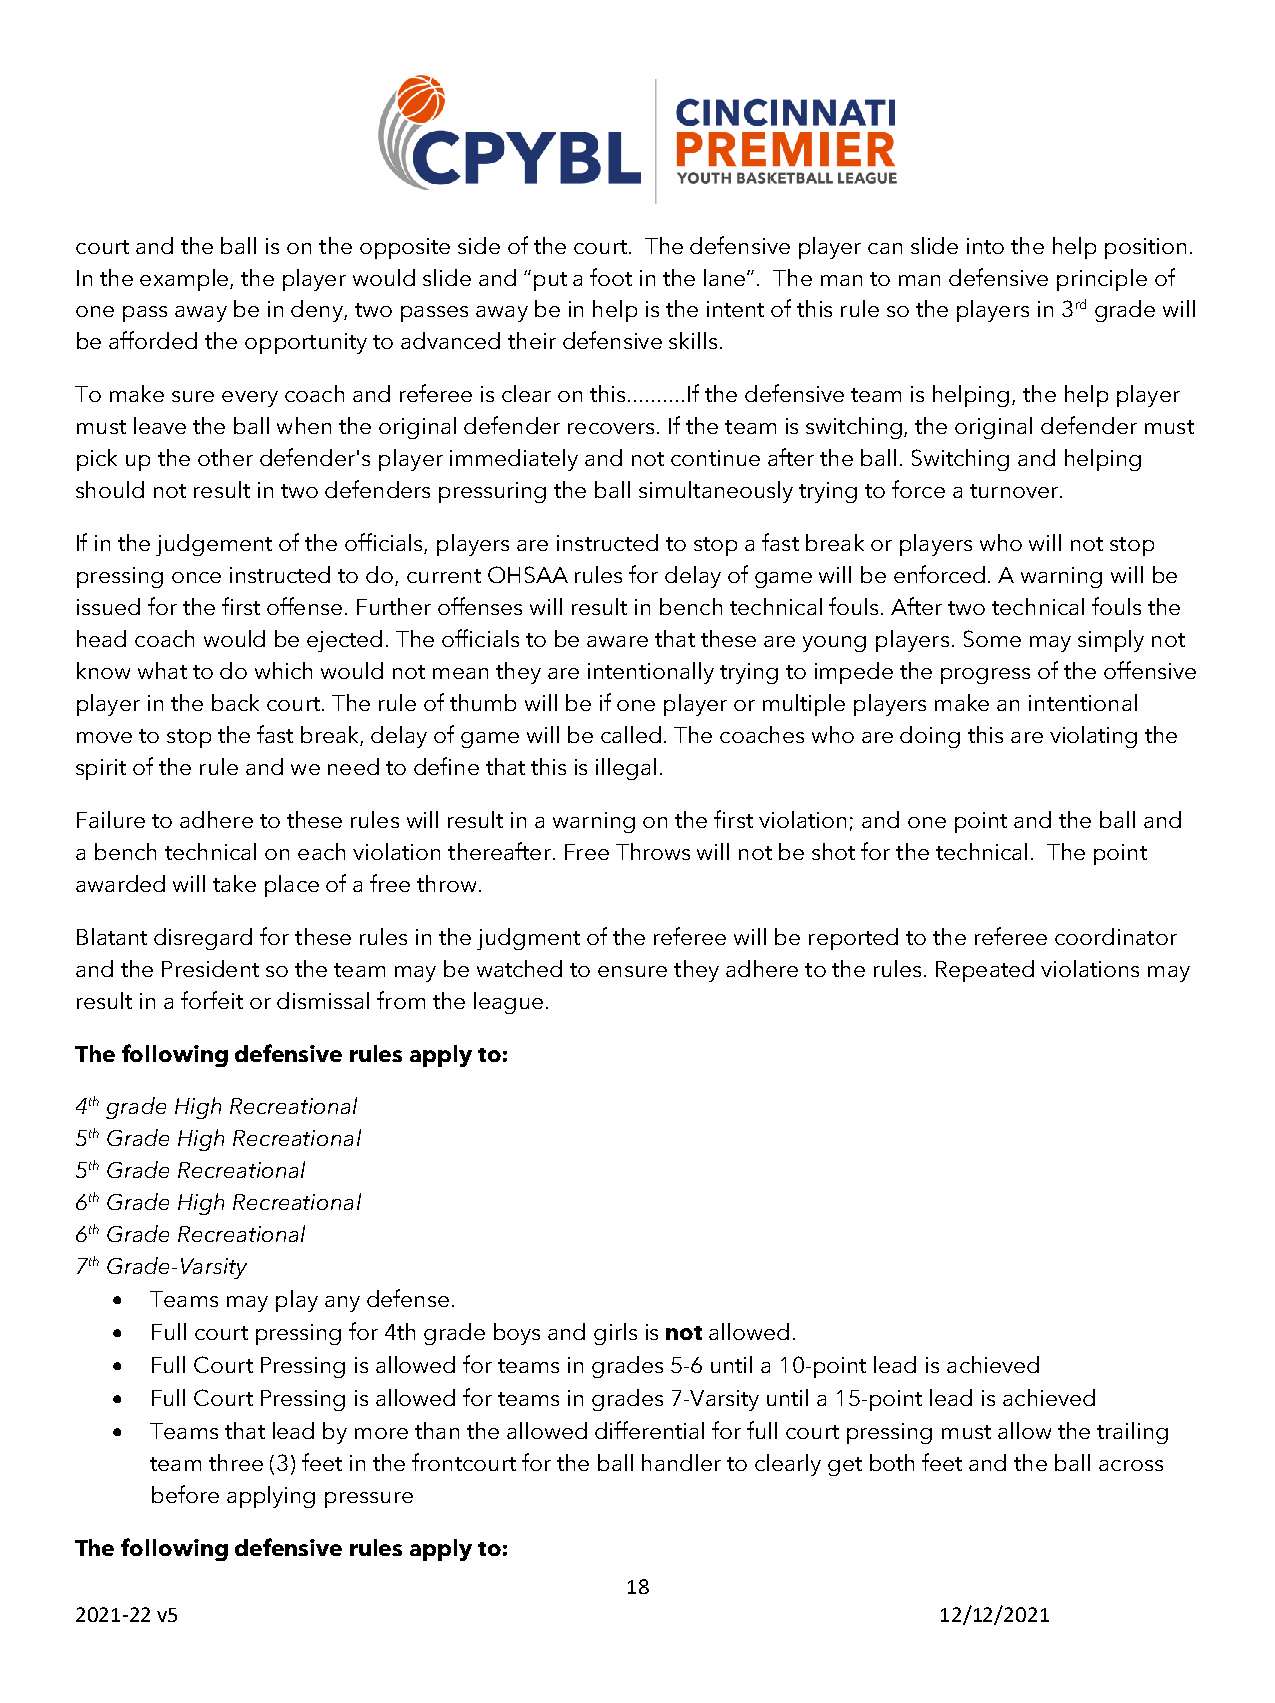
court and the ball is on the opposite side of the court. The defensive player can slide into the help position.
 In the example, the player would slide and “put a foot in the lane”. The man to man defensive principle of
 one pass away be in deny, two passes away be in help is the intent of this rule so the players in 3rd grade will
 be afforded the opportunity to advanced their defensive skills.
 To make sure every coach and referee is clear on this..........If the defensive team is helping, the help player
 must leave the ball when the original defender recovers. If the team is switching, the original defender must
 pick up the other defender's player immediately and not continue after the ball. Switching and helping
 should not result in two defenders pressuring the ball simultaneously trying to force a turnover.
 If in the judgement of the officials, players are instructed to stop a fast break or players who will not stop
 pressing once instructed to do, current OHSAA rules for delay of game will be enforced. A warning will be
 issued for the first offense. Further offenses will result in bench technical fouls. After two technical fouls the
 head coach would be ejected. The officials to be aware that these are young players. Some may simply not
 know what to do which would not mean they are intentionally trying to impede the progress of the offensive
 player in the back court. The rule of thumb will be if one player or multiple players make an intentional
 move to stop the fast break, delay of game will be called. The coaches who are doing this are violating the
 spirit of the rule and we need to define that this is illegal.
 Failure to adhere to these rules will result in a warning on the first violation; and one point and the ball and
 a bench technical on each violation thereafter. Free Throws will not be shot for the technical. The point
 awarded will take place of a free throw.
 Blatant disregard for these rules in the judgment of the referee will be reported to the referee coordinator
 and the President so the team may be watched to ensure they adhere to the rules. Repeated violations may
 result in a forfeit or dismissal from the league.
 The following defensive rules apply to:
 4th grade High Recreational
 5th Grade High Recreational
 5th Grade Recreational
 6th Grade High Recreational
 6th Grade Recreational
 7th Grade-Varsity
 •  Teams may play any defense.
 •  Full court pressing for 4th grade boys and girls is not allowed.
 •  Full Court Pressing is allowed for teams in grades 5-6 until a 10-point lead is achieved
 •  Full Court Pressing is allowed for teams in grades 7-Varsity until a 15-point lead is achieved
 •  Teams that lead by more than the allowed differential for full court pressing must allow the trailing
 team three (3) feet in the frontcourt for the ball handler to clearly get both feet and the ball across
 before applying pressure
 The following defensive rules apply to:
 18
 2021-22 v5                                               12/12/2021